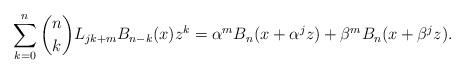
LaTeX: \begin{align*}\sum_{k = 0}^n {\binom nkL_{jk + m} B_{n - k} (x)z^k } = \alpha^m B_n(x + \alpha ^j z) + \beta^m B_n (x + \beta ^j z).\end{align*}